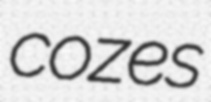
cozes